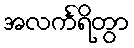
အလင်္ကရိတွာ